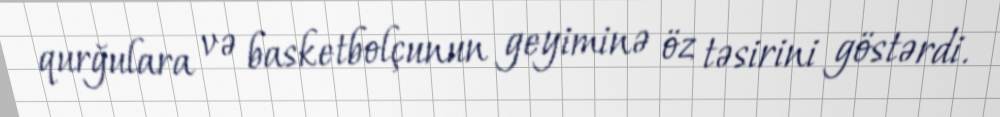
qurğulara və basketbolçunun geyiminə öz təsirini göstərdi.